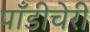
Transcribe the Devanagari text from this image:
पाँडीचेरी